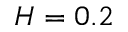
H = 0 . 2